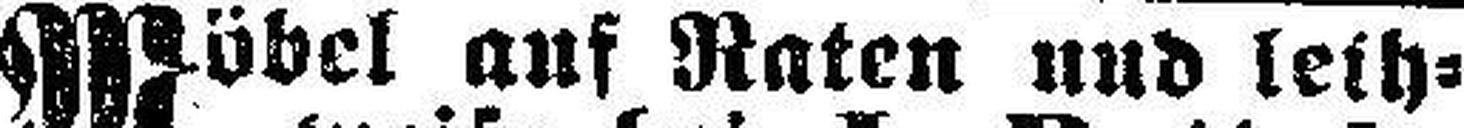
Möbel auf Raten und leih¬